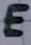
Text: E